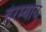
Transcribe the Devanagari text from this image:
हेरम्बाय